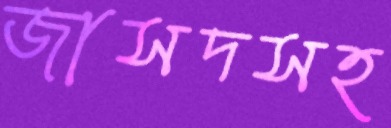
জাসদসহ